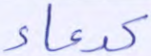
كدعاء